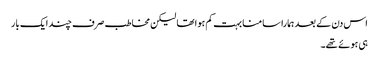
اس دن کے بعد ہمارا سامنا بہت کم ہوا تھا لیکن مخاطب صرف چند ایک بار
ہی ہوئے تھے۔